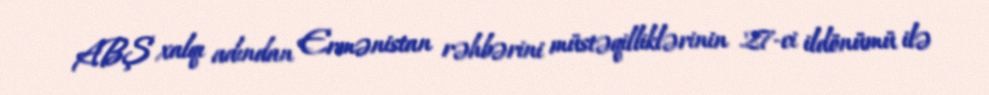
ABŞ xalqı adından Ermənistan rəhbərini müstəqilliklərinin 27-ci ildönümü ilə